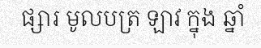
ផ្សារ មូលបត្រ ឡាវ ក្នុង ឆ្នាំ